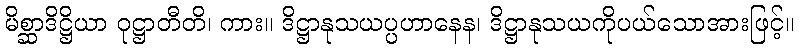
မိစ္ဆာဒိဋ္ဌိယာ ဝုဋ္ဌာတီတိ၊ ကား။ ဒိဋ္ဌာနုသယပ္ပဟာနေန၊ ဒိဋ္ဌာနုသယကိုပယ်သောအားဖြင့်။